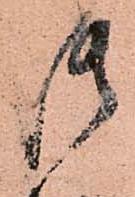
御